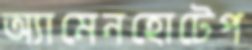
অ্যামেনহোটেপ